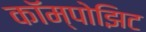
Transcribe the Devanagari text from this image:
कॉम्पोझिट